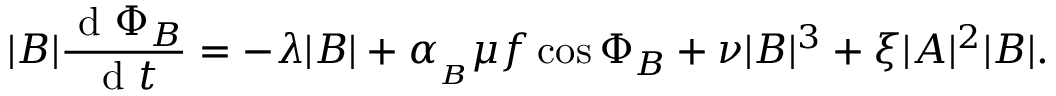
| B | \frac { \mathrm { ~ d ~ } \Phi _ { B } } { \mathrm { ~ d ~ } t } = - \lambda | B | + \alpha _ { _ B } \mu f \cos { \Phi _ { B } } + \nu | B | ^ { 3 } + \xi | A | ^ { 2 } | B | .